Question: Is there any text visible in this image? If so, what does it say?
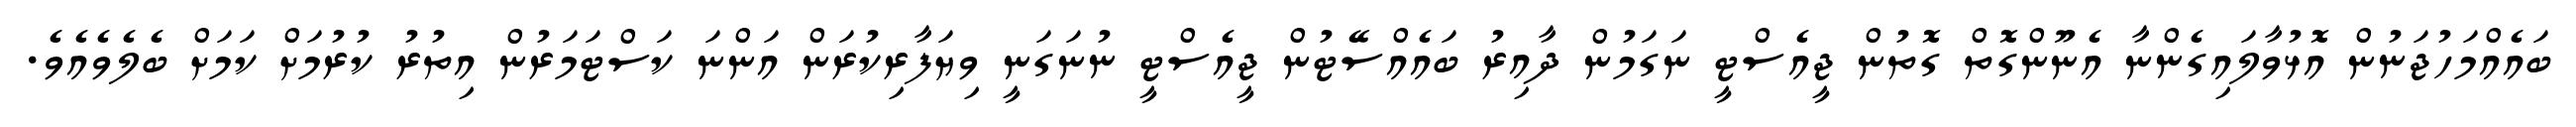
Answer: ބައެއްމަހުޖަނުން އޮޅުވާލައިގެންނާ އެނޫންގޮތް ގޮތުން ޖީއެސްޓީ ނަގަމުން ދާއިރު ބައެއްސޭޓުން ޖީއެސްޓީ ނުނަގަނީ ވިޔަފާރިކުރަން އަންނަ ކަސްޓަމަރުން އިތުރު ކުރުމަށް ކަމަށް ބެލެވެއެވެ.